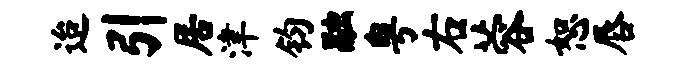
迨引居津钧融粤右蓉恕唇